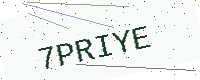
Text: 7PRIYE